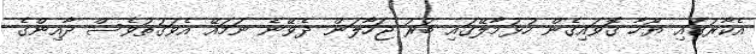
އެކާރުގައި ޔޫހާ ގޮވައިގެން ހުޅުމާލޭގައި ބުރު ޖަހާލަން ދެވޭނެ ނަމައޭ އެވަގުތުވެސް ދާއިންގެ